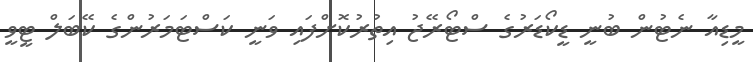
މީޑިއާ ނެޓުން ބުނީ ޑީކޯޑަރުގެ ސްޓޯރޭޖު އިތުރުކޮށްފައި ވަނީ ކަސްޓަމަރުންގެ ކޭބަލް ޓީވީ